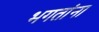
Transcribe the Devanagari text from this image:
भगतांना